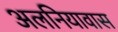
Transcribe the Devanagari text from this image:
अलनियावास